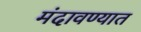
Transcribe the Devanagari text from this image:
मंदावण्यात